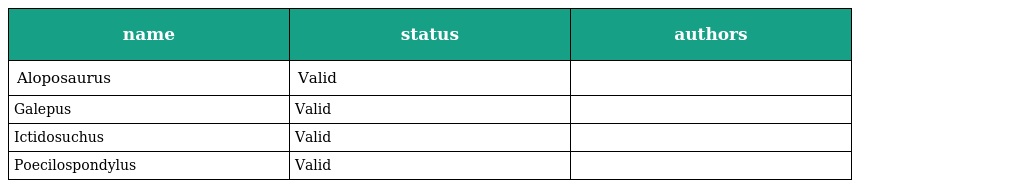
| name | status | authors |
 | --- | --- | --- |
 | Aloposaurus | Valid |  |
 | Galepus | Valid |  |
 | Ictidosuchus | Valid |  |
 | Poecilospondylus | Valid |  |